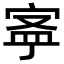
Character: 𡨬